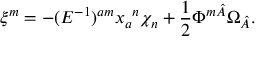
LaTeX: \xi ^ { m } = - ( E ^ { - 1 } ) ^ { a m } x _ { a } { } ^ { n } \chi _ { n } + \frac { 1 } { 2 } \Phi ^ { m \hat { A } } \Omega _ { \hat { A } } .